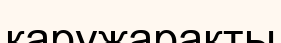
қаружарақты